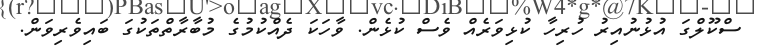
ސްކޫލްގަ އުޅުނުއިރު ހުރިހާ ކުޅިވަރެއް ވެސް ކުޅެން. ވާހަކަ ދެއްކުމުގެ މުބާރާތްތަކުގަ ބައިވެރިވަން.